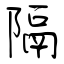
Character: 隔